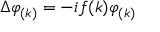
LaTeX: \Delta \varphi _ { ( k ) } = - i f ( k ) \varphi _ { ( k ) }